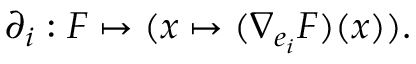
\partial _ { i } : F \mapsto ( x \mapsto ( \nabla _ { e _ { i } } F ) ( x ) ) .